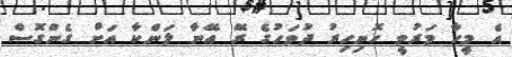
އެ މީހާ މަރުވީ ހޮނިހިރު ދުވަހުގެ ރޭ އޭނާ ލަންކާ އަށް ގެންގޮސް